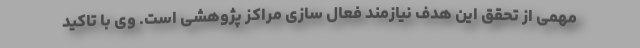
مهمی از تحقق این هدف نیازمند فعال سازی مراکز پژوهشی است. وی با تاکید